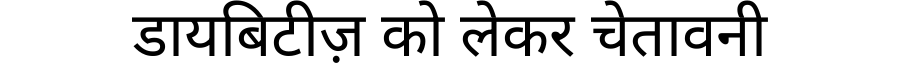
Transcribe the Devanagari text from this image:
डायबिटीज़ को लेकर चेतावनी